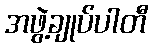
အဖွဲ့ချုပ်ပါတီ